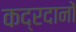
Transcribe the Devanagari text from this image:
कद्रदानों